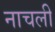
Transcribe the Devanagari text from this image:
नाचली